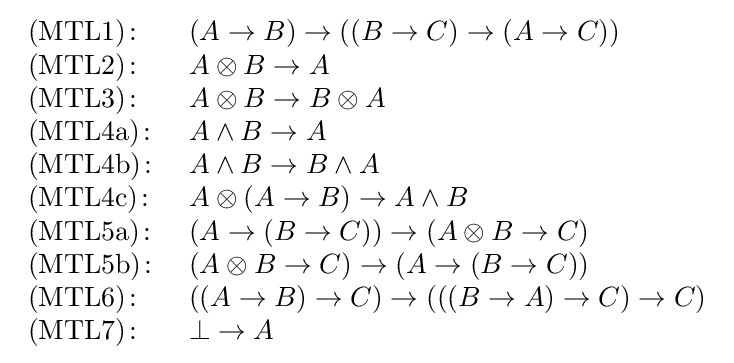
{\begin{array}{ll}{\rm {(MTL1)}}\colon &(A\rightarrow B)\rightarrow ((B\rightarrow C)\rightarrow (A\rightarrow C))\\{\rm {(MTL2)}}\colon &A\otimes B\rightarrow A\\{\rm {(MTL3)}}\colon &A\otimes B\rightarrow B\otimes A\\{\rm {(MTL4a)}}\colon &A\wedge B\rightarrow A\\{\rm {(MTL4b)}}\colon &A\wedge B\rightarrow B\wedge A\\{\rm {(MTL4c)}}\colon &A\otimes (A\rightarrow B)\rightarrow A\wedge B\\{\rm {(MTL5a)}}\colon &(A\rightarrow (B\rightarrow C))\rightarrow (A\otimes B\rightarrow C)\\{\rm {(MTL5b)}}\colon &(A\otimes B\rightarrow C)\rightarrow (A\rightarrow (B\rightarrow C))\\{\rm {(MTL6)}}\colon &((A\rightarrow B)\rightarrow C)\rightarrow (((B\rightarrow A)\rightarrow C)\rightarrow C)\\{\rm {(MTL7)}}\colon &\bot \rightarrow A\end{array}}